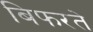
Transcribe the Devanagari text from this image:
बिफरते